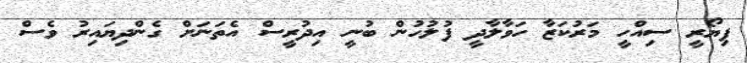
ފިޔޯރީ ސިއްހީ މަރުކަޒާ ހަވާލާދީ ފުލުހުން ބުނީ އިދުރީސް އެތަނަށް ގެންދިޔައިރު ވެސް